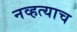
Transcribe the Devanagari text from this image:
नव्हत्याच